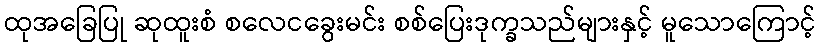
ထုအခြေပြု ဆုထူးစံ စလေငခွေးမင်း စစ်ပြေးဒုက္ခသည်များနှင့် မူသောကြောင့်